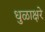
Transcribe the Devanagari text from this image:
धुळाक्षरे